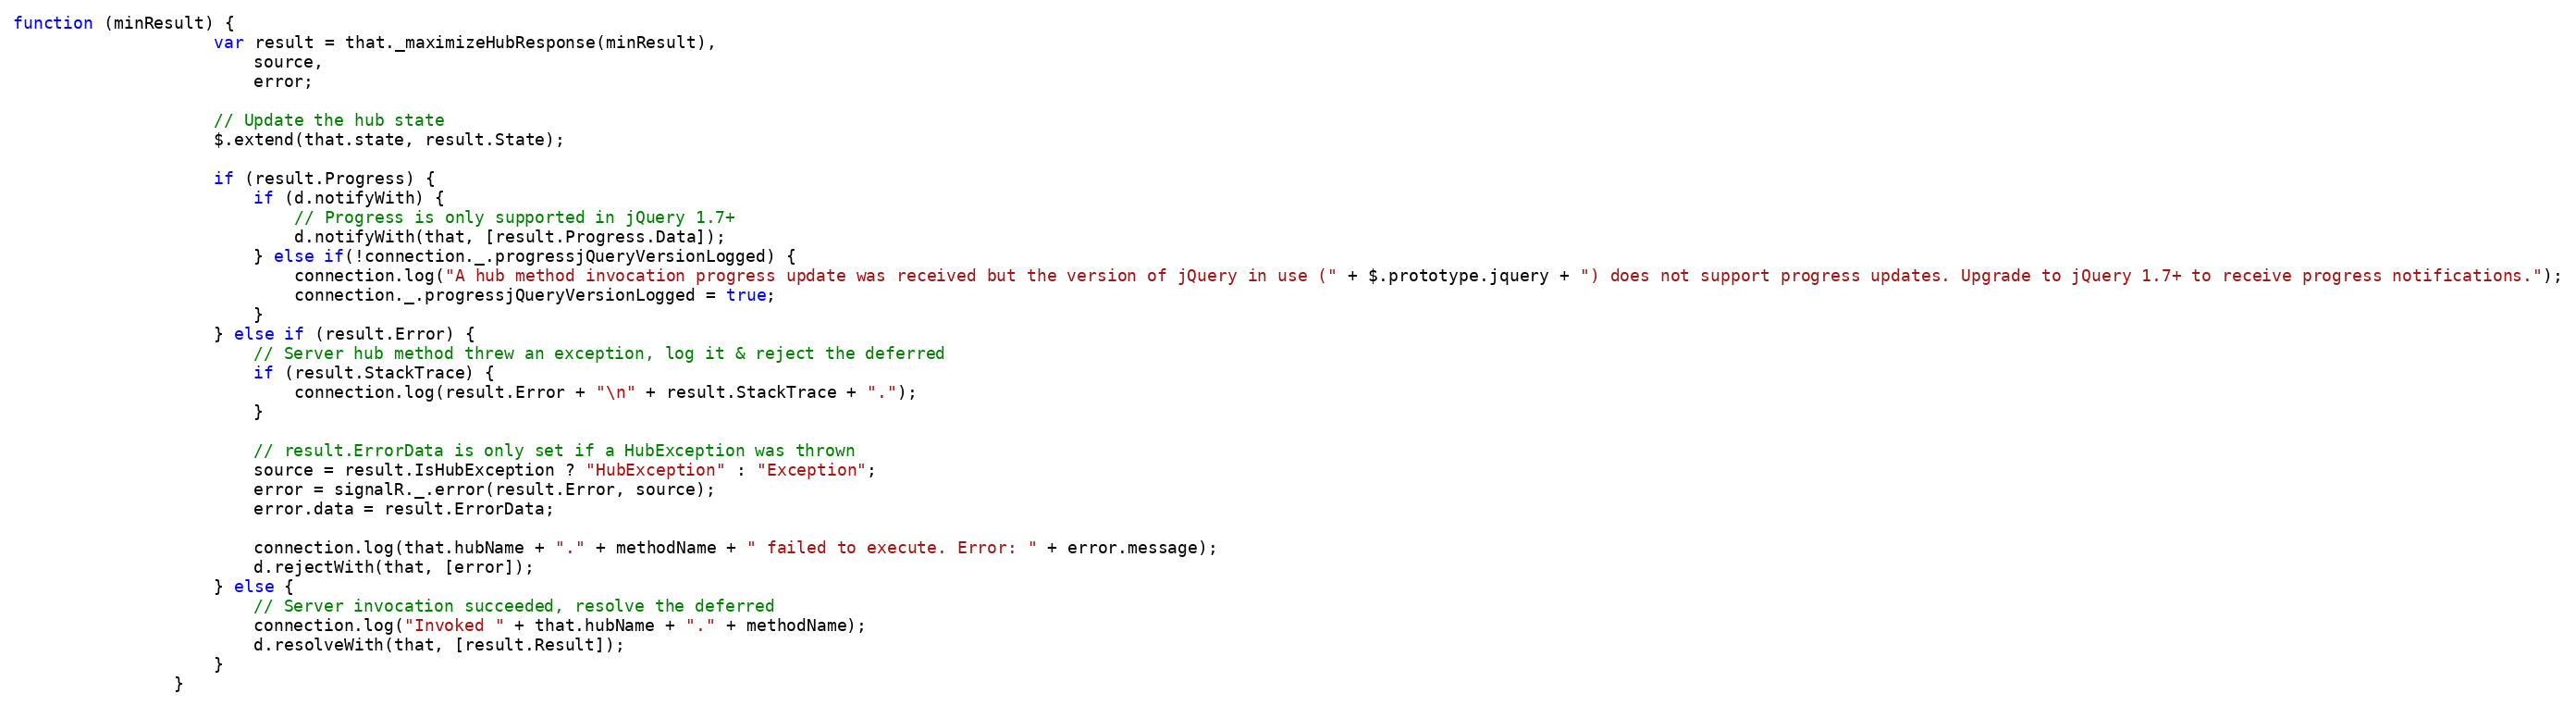
Language: JavaScript
function (minResult) {
                    var result = that._maximizeHubResponse(minResult),
                        source,
                        error;

                    // Update the hub state
                    $.extend(that.state, result.State);

                    if (result.Progress) {
                        if (d.notifyWith) {
                            // Progress is only supported in jQuery 1.7+
                            d.notifyWith(that, [result.Progress.Data]);
                        } else if(!connection._.progressjQueryVersionLogged) {
                            connection.log("A hub method invocation progress update was received but the version of jQuery in use (" + $.prototype.jquery + ") does not support progress updates. Upgrade to jQuery 1.7+ to receive progress notifications.");
                            connection._.progressjQueryVersionLogged = true;
                        }
                    } else if (result.Error) {
                        // Server hub method threw an exception, log it & reject the deferred
                        if (result.StackTrace) {
                            connection.log(result.Error + "\n" + result.StackTrace + ".");
                        }

                        // result.ErrorData is only set if a HubException was thrown
                        source = result.IsHubException ? "HubException" : "Exception";
                        error = signalR._.error(result.Error, source);
                        error.data = result.ErrorData;

                        connection.log(that.hubName + "." + methodName + " failed to execute. Error: " + error.message);
                        d.rejectWith(that, [error]);
                    } else {
                        // Server invocation succeeded, resolve the deferred
                        connection.log("Invoked " + that.hubName + "." + methodName);
                        d.resolveWith(that, [result.Result]);
                    }
                }